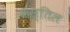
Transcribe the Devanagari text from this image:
कॅस्तिल